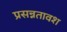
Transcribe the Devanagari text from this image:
प्रसन्नतावश